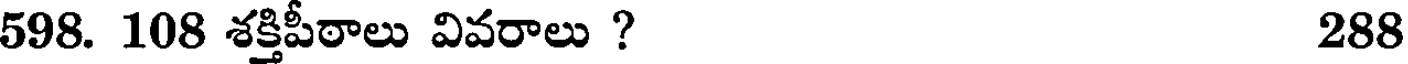
598. 108 శక్తిపీఠాలు వివరాలు ? 288